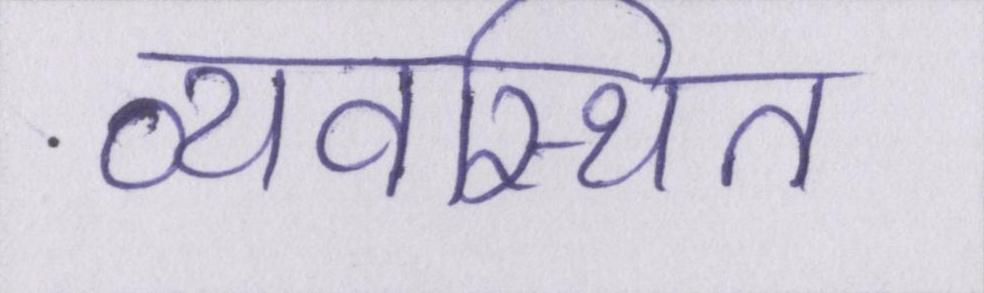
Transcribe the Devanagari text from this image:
व्यवस्थित